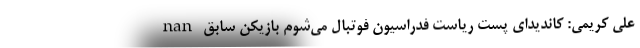
nan علی کریمی: کاندیدای پست ریاست فدراسیون فوتبال می‌شوم بازیکن سابق